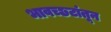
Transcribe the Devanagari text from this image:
भावच्छटांतून